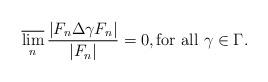
LaTeX: \begin{align*}\varlimsup_n \frac{|F_n \Delta \gamma F_n|}{|F_n|} = 0, \textrm{for all $\gamma \in \Gamma$}.\end{align*}